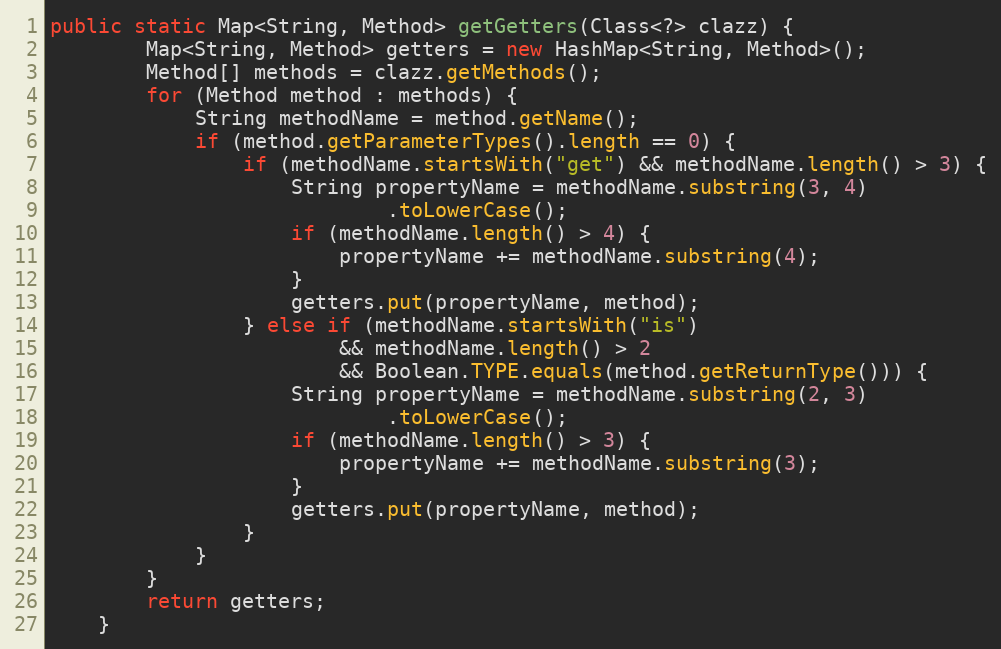
Language: Java
public static Map<String, Method> getGetters(Class<?> clazz) {
		Map<String, Method> getters = new HashMap<String, Method>();
		Method[] methods = clazz.getMethods();
		for (Method method : methods) {
			String methodName = method.getName();
			if (method.getParameterTypes().length == 0) {
				if (methodName.startsWith("get") && methodName.length() > 3) {
					String propertyName = methodName.substring(3, 4)
							.toLowerCase();
					if (methodName.length() > 4) {
						propertyName += methodName.substring(4);
					}
					getters.put(propertyName, method);
				} else if (methodName.startsWith("is")
						&& methodName.length() > 2
						&& Boolean.TYPE.equals(method.getReturnType())) {
					String propertyName = methodName.substring(2, 3)
							.toLowerCase();
					if (methodName.length() > 3) {
						propertyName += methodName.substring(3);
					}
					getters.put(propertyName, method);
				}
			}
		}
		return getters;
	}